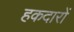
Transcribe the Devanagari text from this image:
हकदारों